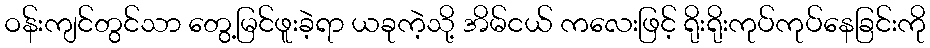
ဝန်းကျင်တွင်သာ တွေ့မြင်ဖူးခဲ့ရာ ယခုကဲ့သို့ အိမ်ငယ် ကလေးဖြင့် ရိုးရိုးကုပ်ကုပ်နေခြင်းကို